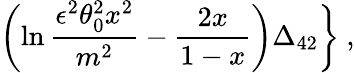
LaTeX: \biggl(\ln\frac{\epsilon^{2}\theta_{0}^{2}x^{2}}{m^{2}}-\frac{2x}{1-x}\biggr)\Delta_{42}\biggr\} \ ,